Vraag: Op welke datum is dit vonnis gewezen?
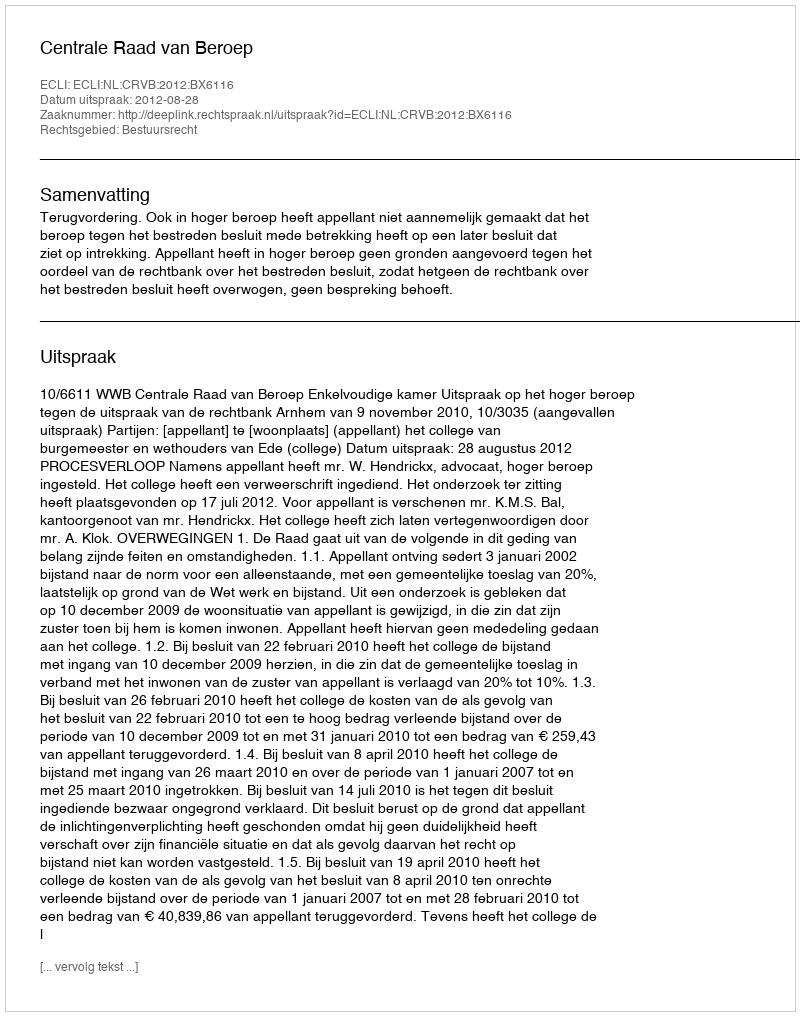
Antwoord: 2012-08-28